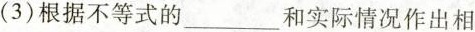
(3)根据不等式的___和实际情况作出相